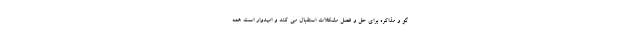
گو و مذاکره برای حل و فصل مشکلات استقبال می کند و امیدوار است همه